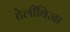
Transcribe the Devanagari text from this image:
टेलीविजा